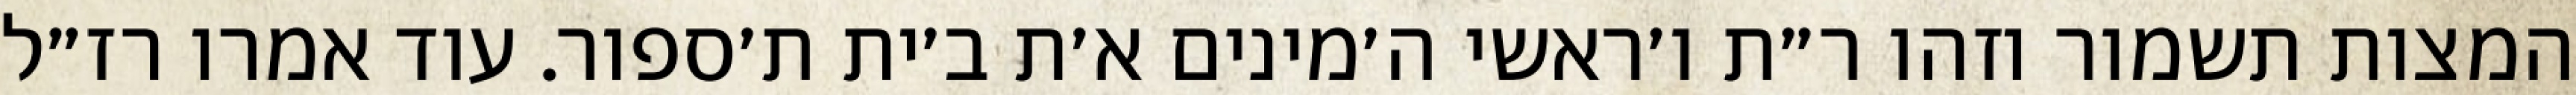
המצות תשמור וזהו ר״ת ו׳ראשי ה׳מינים א׳ת ב׳ית ת׳ספור. עוד אמרו רז״ל